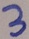
3